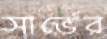
সার্ভের